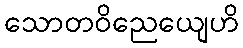
သောတဝိညေယျေဟိ